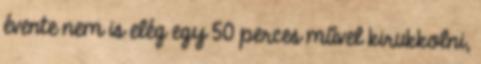
évente nem is elég egy 50 perces művel kirukkolni,